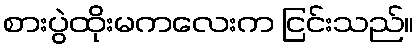
စားပွဲထိုးမကလေးက ငြင်းသည်။